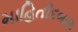
માહિતીદબાણ